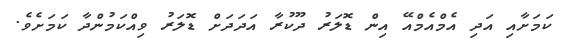
ކަމަށާއި އަދި އެމްއެމްއޭ އިން ޑޮލަރު ދޫކުރާ އަދަދަށް ޑޮލަރު ވިއްކަމުންދާ ކަމަށެވެ.